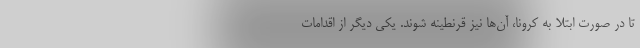
تا در صورت ابتلا به کرونا، آن‌ها نیز قرنطینه شوند. یکی دیگر از اقدامات